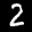
Label: 2